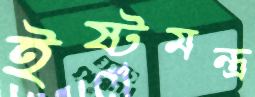
ইষ্টমন্ত্র